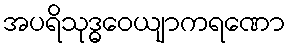
အပရိသုဒ္ဓဝေယျာကရဏော